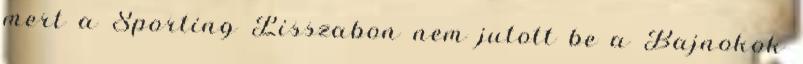
mert a Sporting Lisszabon nem jutott be a Bajnokok